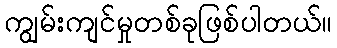
ကျွမ်းကျင်မှုတစ်ခုဖြစ်ပါတယ်။